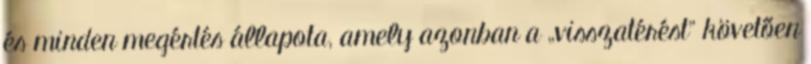
és minden megértés állapota, amely azonban a „visszatérést” követően